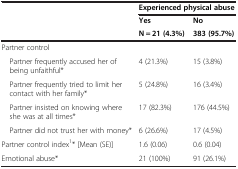
<table><thead><tr><td></td><td colspan="2"><b>Experienced physical abuse</b></td></tr><tr><td rowspan="2"></td><td><b>Yes</b></td><td><b>No</b></td></tr><tr><td><b>N = 21 (4.3%)</b></td><td><b>383 (95.7%)</b></td></tr></thead><tbody><tr><td>Partner control</td><td></td><td></td></tr><tr><td> Partner frequently accused her of being unfaithful*</td><td>4 (21.3%)</td><td>15 (3.8%)</td></tr><tr><td> Partner frequently tried to limit her contact with her family*</td><td>5 (24.8%)</td><td>16 (3.4%)</td></tr><tr><td> Partner insisted on knowing where she was at all times*</td><td>17 (82.3%)</td><td>176 (44.5%)</td></tr><tr><td> Partner did not trust her with money*</td><td>6 (26.6%)</td><td>17 (4.5%)</td></tr><tr><td>Partner control index<sup>1</sup>* [Mean (SE)]</td><td>1.6 (0.06)</td><td>0.6 (0.04)</td></tr><tr><td>Emotional abuse*</td><td>21 (100%)</td><td>91 (26.1%)</td></tr></tbody></table>